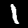
Label: 1